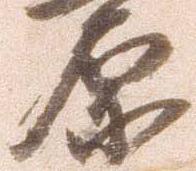
原